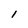
Character: 1